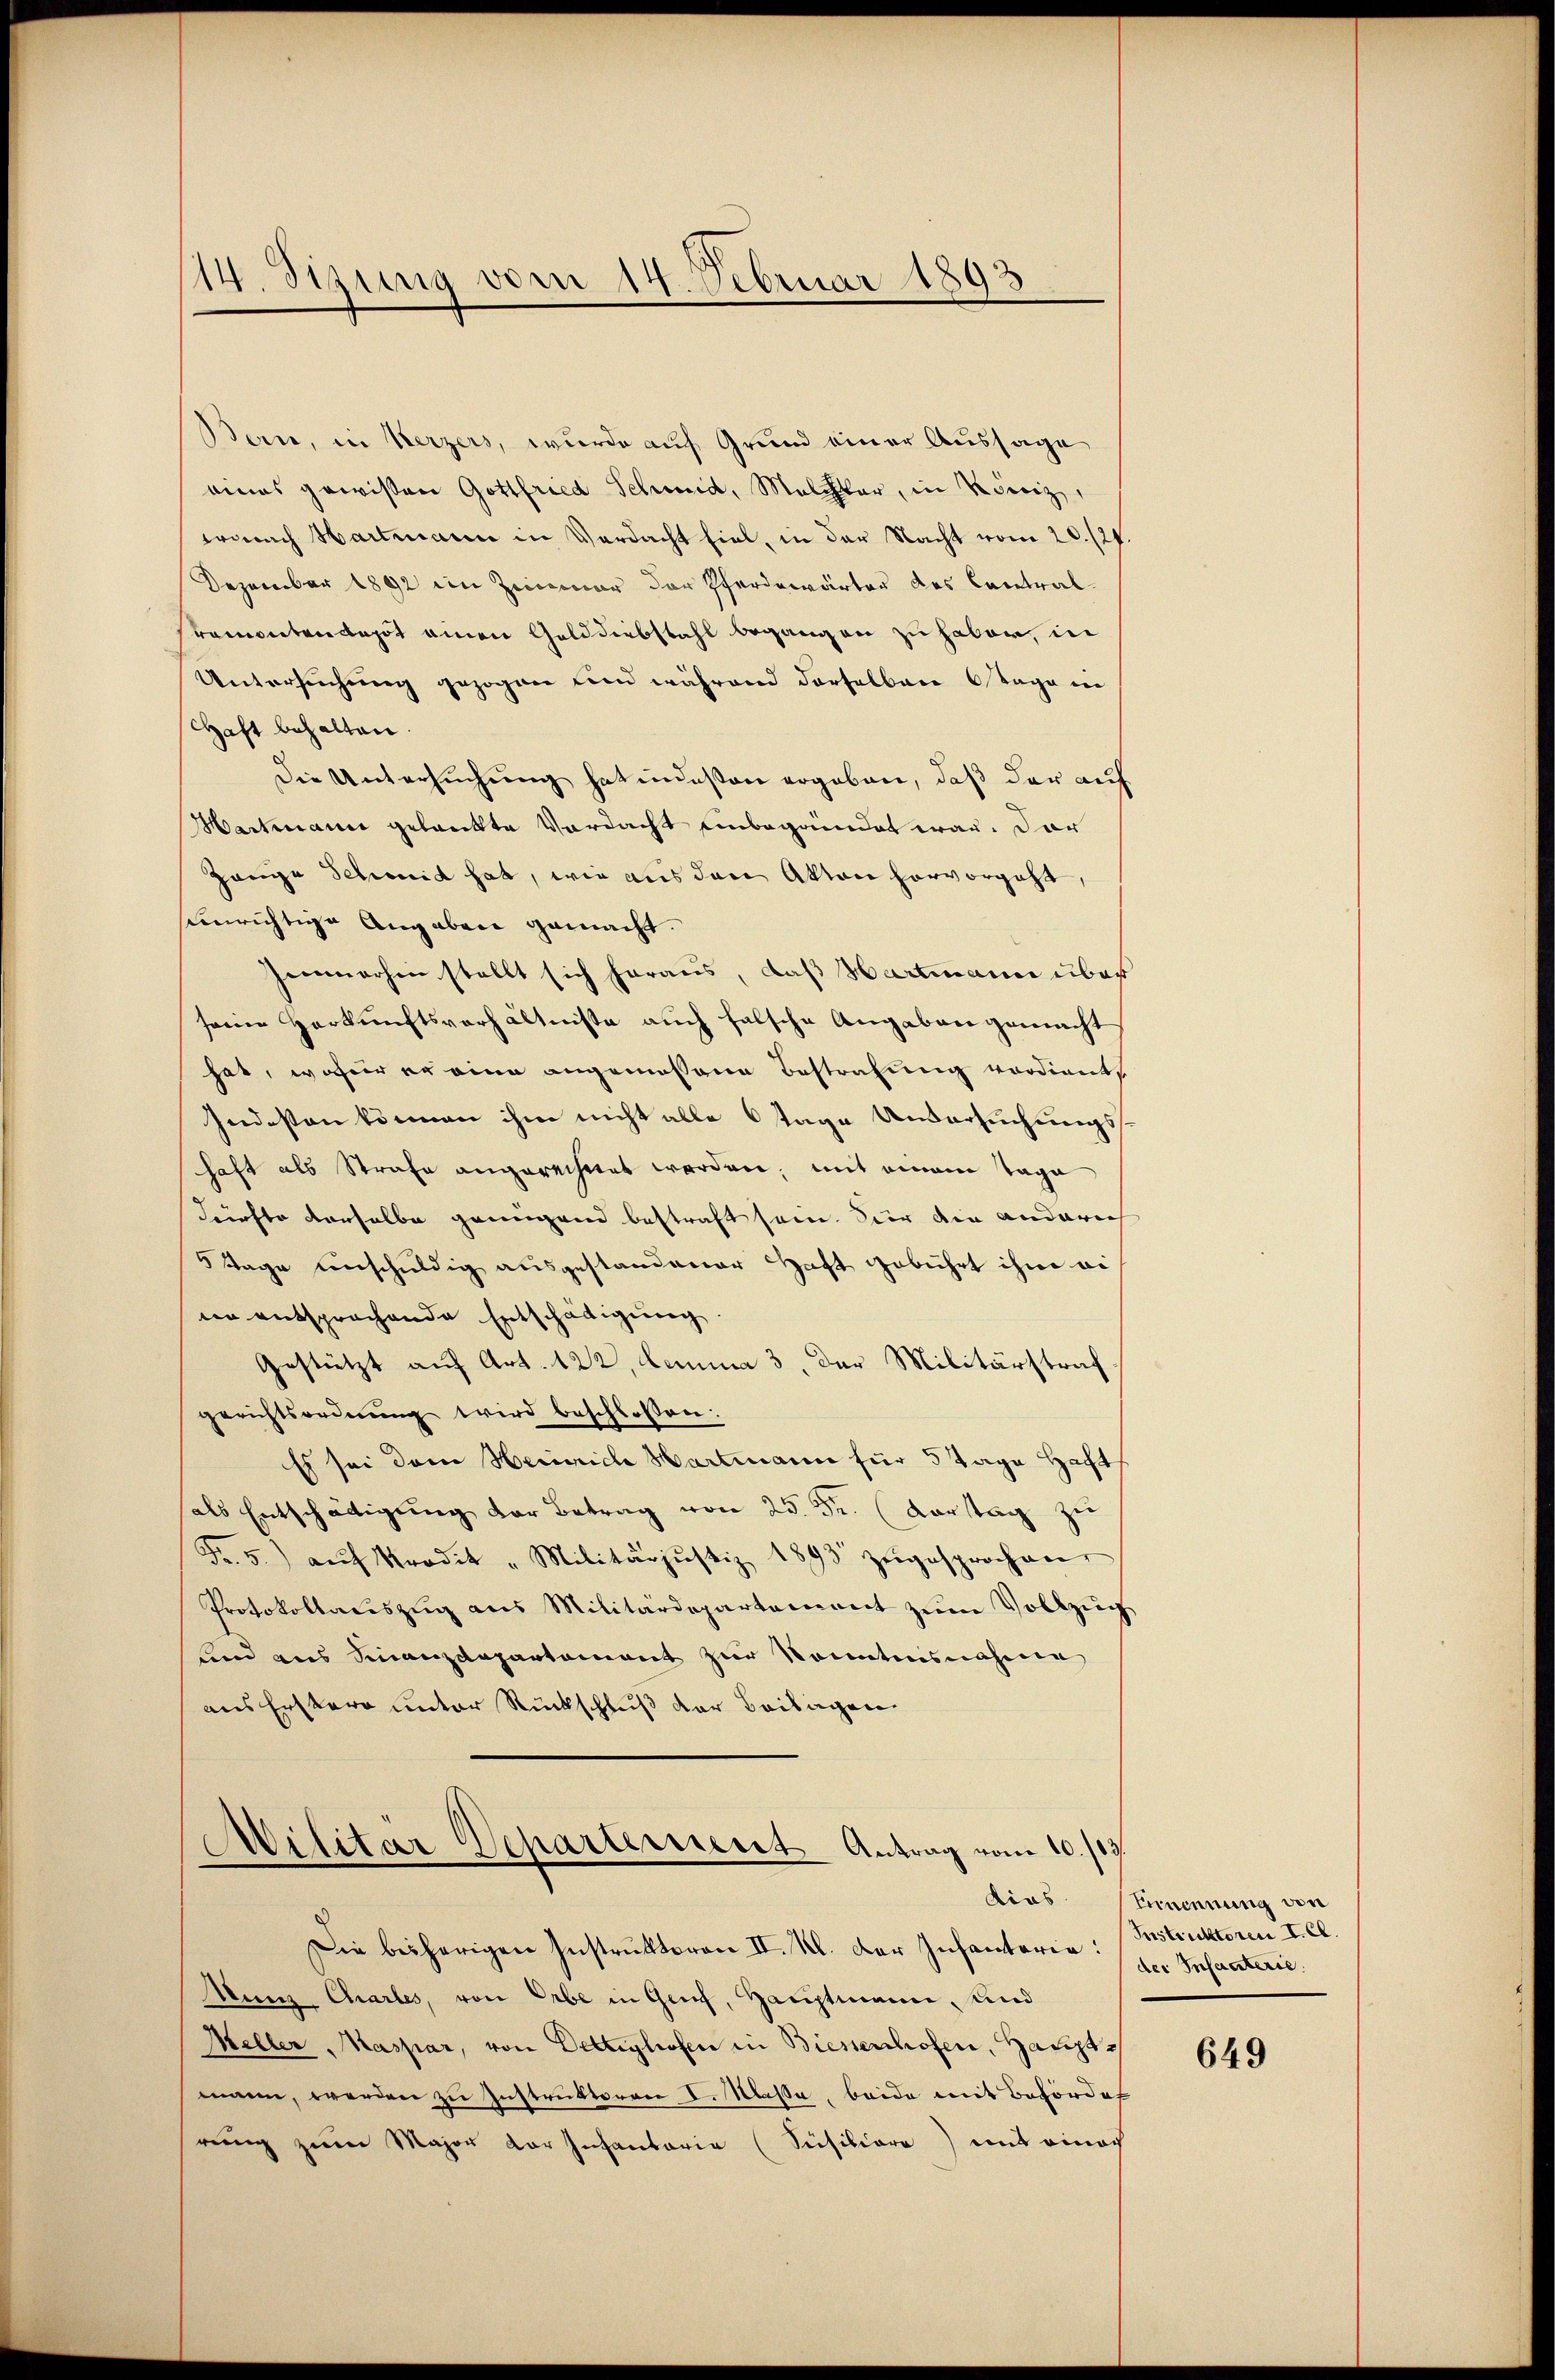
114. Sizung vom 14. Februar 1893

Bern, in Kerzers, wurde auf Grund einer Aussage
vinas gewissen Gottfried Schmid, Malchter, in Kreiz,
wonach Hartmann in Verdacht fiel, in der Nacht vom 20./21
Dezember 1892 im Zimmer der Pferdewärter des Contral¬
Premontendepot einen Gelddiebstahl begangen zu haber, in
Untersuchung gezogen und während derselben Tage in
Haft behalten.
Die Untersuchung hat indeßen ergeben, daß der auf
Hartmann gelankte Verdacht unbegründet war. Dar
Zange Schmid hat, wie aus den Akten hervorgeht,
einrichtige Angaben gemacht.
Zimmerhin stellt sich heraus, daß Hartmann über
seine Herkunftsverhältnisse auch falsche Angaben gemacht
hat, wofür er eine angemessene Bestrafung verdient
Indesten können ihm nicht alle Otage Untersuchungshaft als Strafe angerechnet worden, mit einem Tage
dürfte derselbe genügend bestraft sein. Vier die anderich
Tage unschuldig ausgestandener Haft gebührt ihm ei
cen entsprochende Entschädigung
Gestützt auf Art. 122, lemma 3, der Militärstraf
gerichtsordnung wird beschlossen:
Es sei dem Heinrich Hartmann für 5 Tage Haft
hals Entschädigung der Betrag von 25. Fr. (Vorstag zu
Fr. 5. aŭf Prodik "Militärjŭstiz 1893 zugesprochener
Protokollauszug aus Militärdepartement zum Vollzug
lnd aus Finanzdepartement zur Kenntnisnahme
aus Erster unter Rückschluß der Beilagen

Militar Departement Antrag vom 10. 119.
dias.

Die beiherigen Instruktoren II. Kl. Der Infanteren: Instruktoren I. Cl.
Mun Chartes, von Erbe in Genf, Hauptmann, und
Meller Maspar, von Dettighofen in Biessenhofen, Haupt
mann, werden zu Instruktoren I. Klasse, beide mit Beförde
rŭng zum Major der Infantaria (Süsiliare) mit einach

Eernennung von
der Infanterie.

649